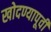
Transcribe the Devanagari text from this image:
खोदण्यापूर्वी